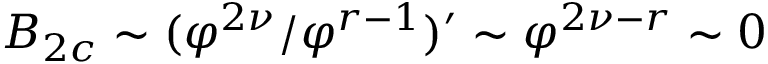
B _ { 2 c } \sim ( \varphi ^ { 2 \nu } / \varphi ^ { r - 1 } ) ^ { \prime } \sim \varphi ^ { 2 \nu - r } \sim 0